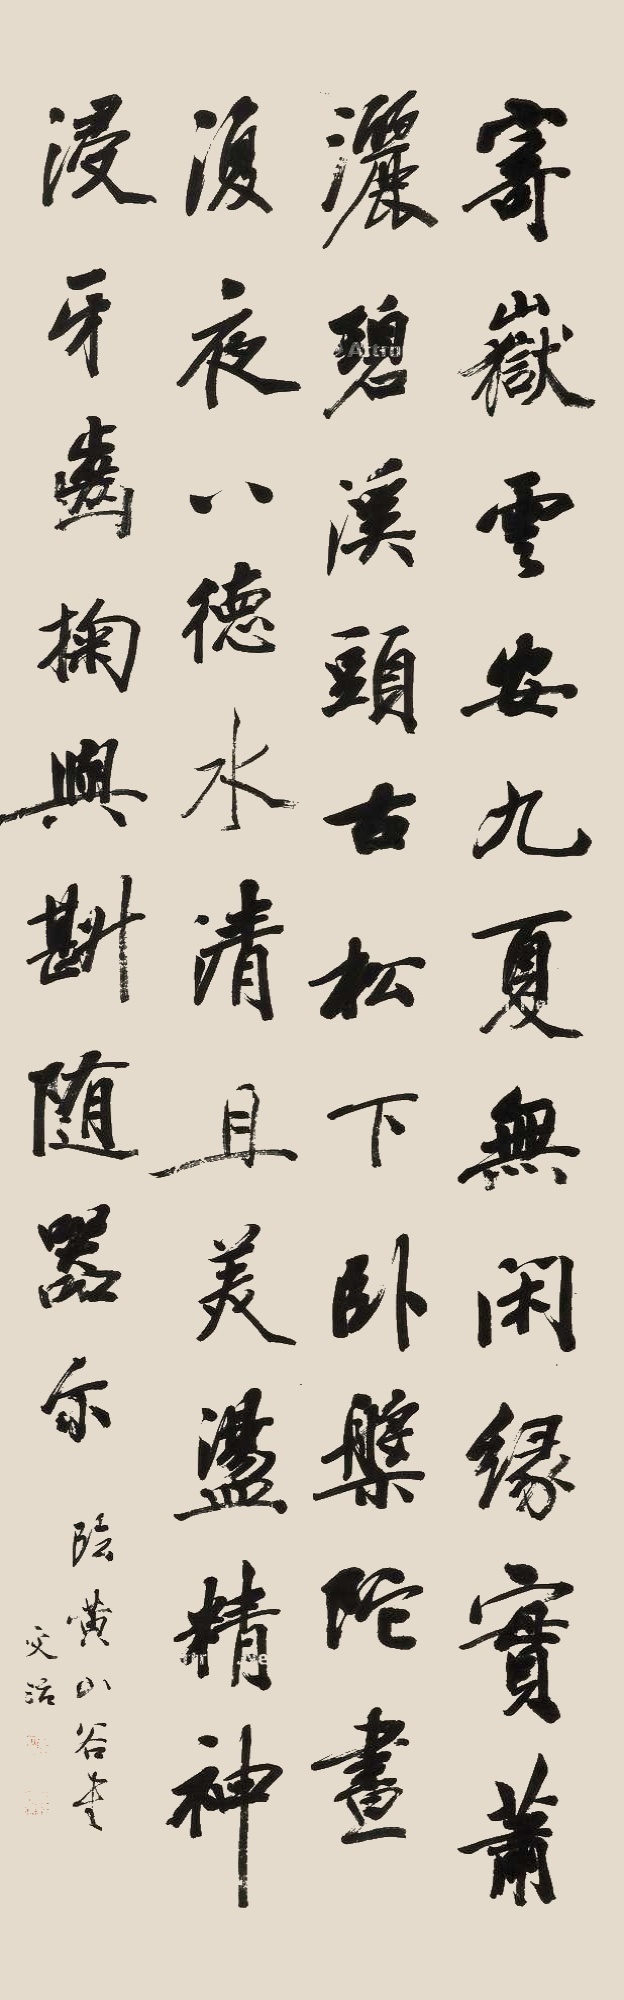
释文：寄岳云，安九夏。无闲缘，实萧洒。碧溪头，古松下。卧盘陀，昼复夜。八德水，清且美。荡精神，浸牙齿。掬与斟，随器尔。临黄山谷书，文治。